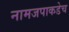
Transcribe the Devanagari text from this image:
नामजपाकडेच